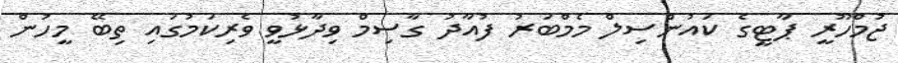
ޖުމްހޫރީ ޕާޓީގެ ކައުންސިލް މެމްބަރު ފުއާދު ގާސިމް ވިދާޅުވީ ވެރިކަމުގައި ތިބޭ މީހުން